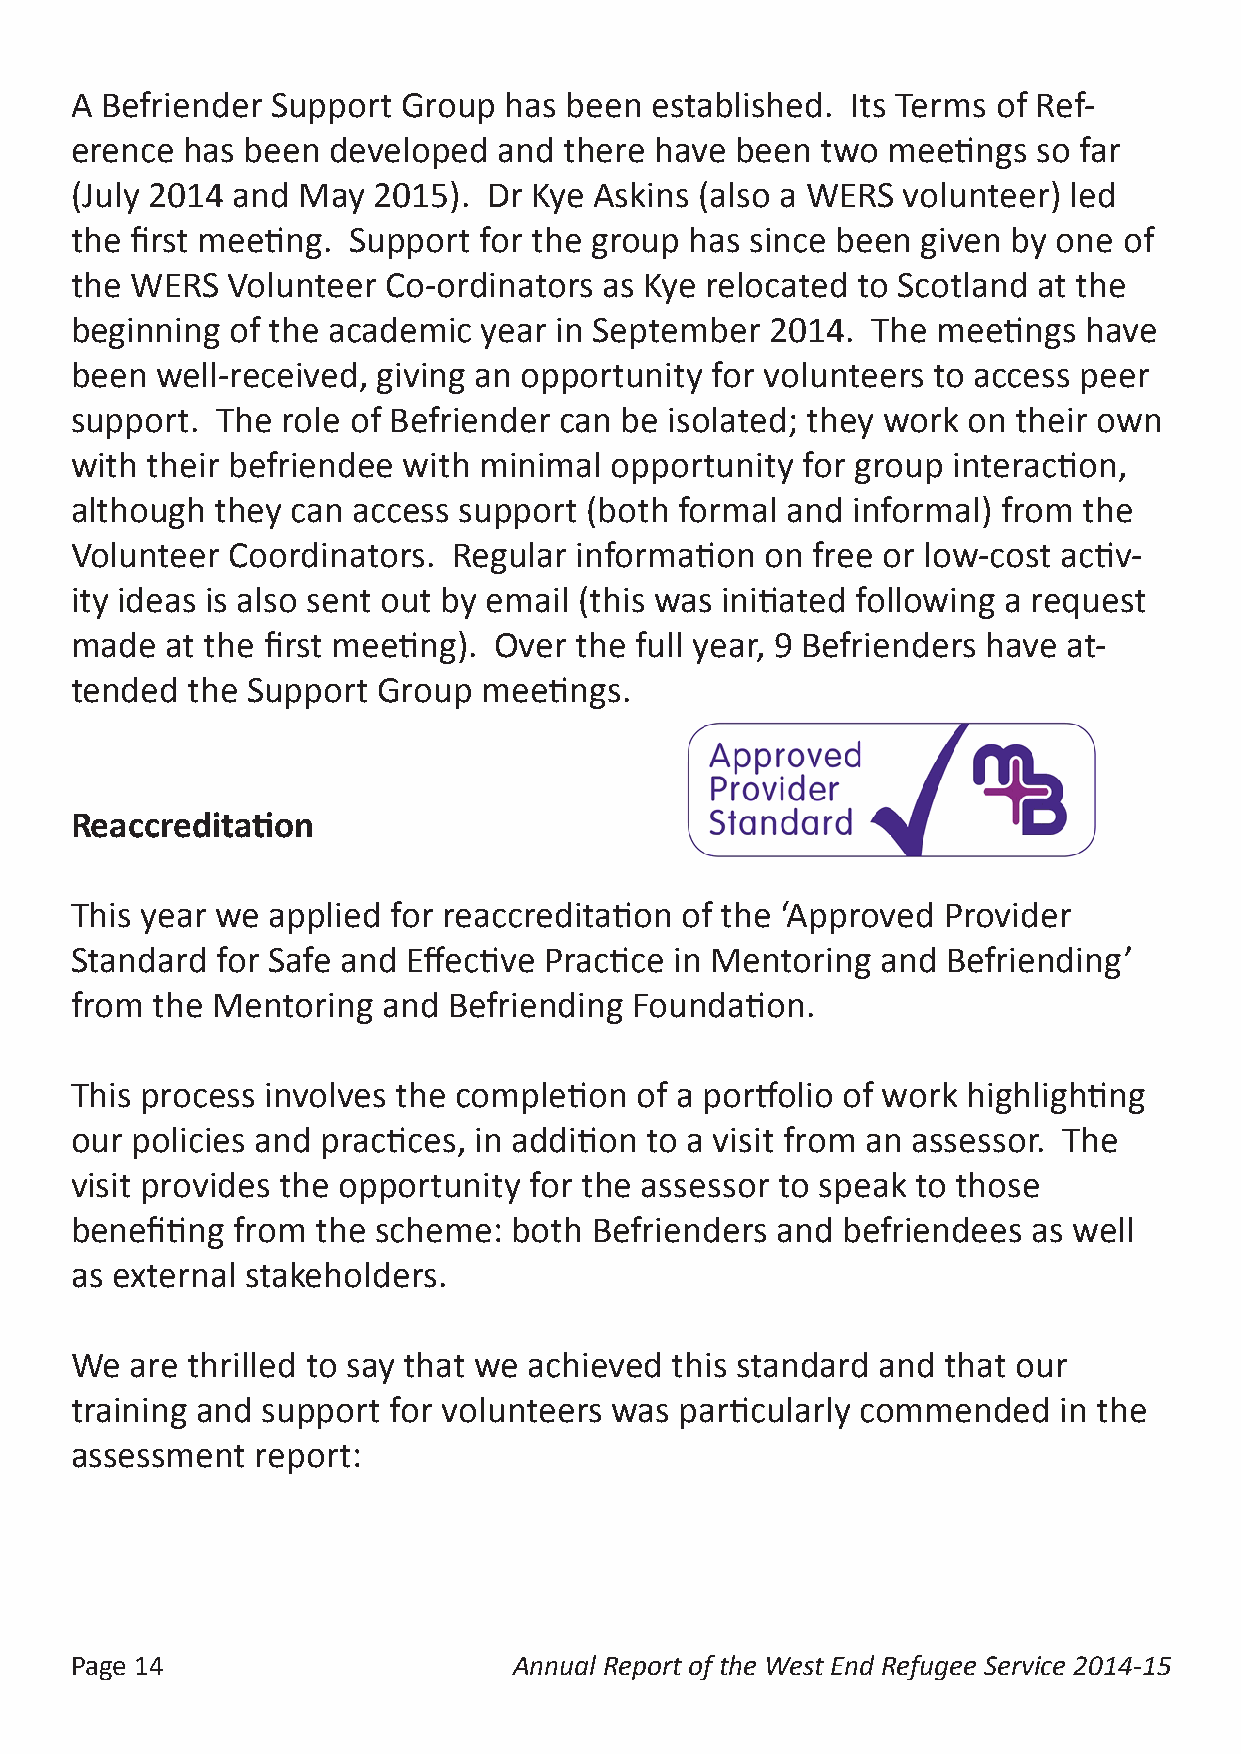
A Befriender Support  Group has been  established. Its Terms of Ref-
 erence has been  developed  and there have  been two  meetings  so far
 (July 2014 and May  2015). Dr Kye Askins (also a WERS  volunteer) led
 the first meeting. Support for the group has since been given by one of
 the WERS  Volunteer  Co-ordinators as Kye relocated to Scotland at the
 beginning of the academic  year in September  2014.  The meetings  have
 been well-received, giving an opportunity for volunteers to access peer
 support. The  role of Befriender can be isolated; they work on their own
 with their befriendee with minimal opportunity  for group interaction,
 although they can access support  (both formal and informal) from  the
 Volunteer Coordinators.  Regular information  on free or low-cost activ-
 ity ideas is also sent out by email (this was initiated following a request
 made  at the first meeting). Over the full year, 9 Befrienders have at-
 tended the Support  Group  meetings.
 Reaccreditation
 This year we applied for reaccreditation of the ‘Approved Provider
 Standard for Safe and Effective Practice in Mentoring and Befriending’
 from the Mentoring  and  Befriending Foundation.
 This process involves the completion of a portfolio of work highlighting
 our policies and practices, in addition to a visit from an assessor. The
 visit provides the opportunity for the assessor to speak to those
 benefiting from the scheme:  both Befrienders and  befriendees as well
 as external stakeholders.
 We  are thrilled to say that we achieved this standard and that our
 training and support for volunteers was particularly commended   in the
 assessment  report:
 Page 14                      Annual Report of the West End Refugee Service 2014-15